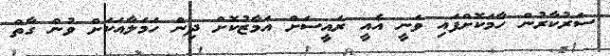
ސަރުކާރުން ހާމަކޮށްފައި ވަނީ އެއީ ރައީސަށް އަމާޒުކޮށް ދިން ހަމަލާއަކަށް ވުން ގާތް